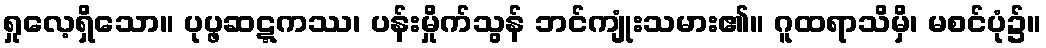
ရှုလေ့ရှိသော။ ပုပ္ဖဆဋ္ဋကဿ၊ ပန်းမှိုက်သွန် ဘင်ကျုံးသမား၏။ ဂူထရာသိမှိ၊ မစင်ပုံ၌။